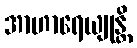
အာဟာရေယျုန္တိ